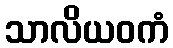
သာလိယဝကံ